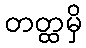
တတ္ထမှိ